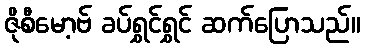
ဇိုစီမော့ဗ် ခပ်ရွှင်ရွှင် ဆက်ပြောသည်။